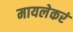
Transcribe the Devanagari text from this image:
मायलेकरं